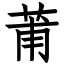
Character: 莆